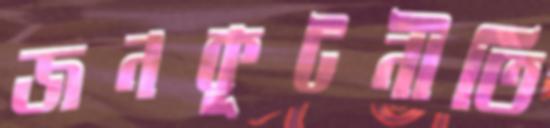
জনকূটনীতি